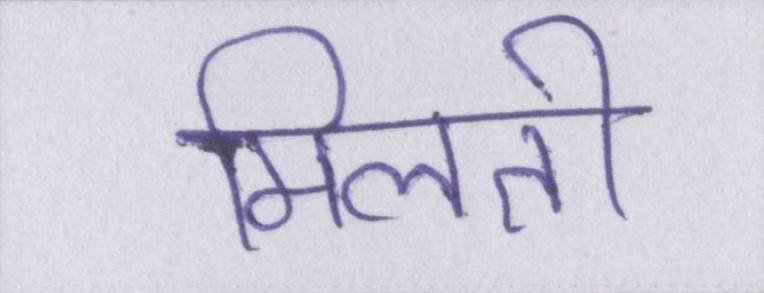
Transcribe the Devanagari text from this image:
मिलती